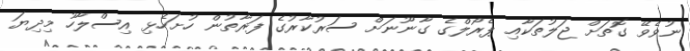
ނުވެވޭ ގޮތަށް ޖަލުތަކާއި ޕެރޯލްގެ ގާނޫނަށް ސަރުކާރުގެ ފަރާތުން ހުށަހެޅި އިސްލާހު މިދިޔަ